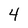
Character: 4